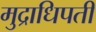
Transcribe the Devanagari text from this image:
मुद्राधिपती